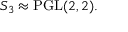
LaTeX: S _ { 3 } \approx \mathrm { P G L } ( 2 , 2 ) .